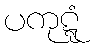
ပကုဋ္ဋံ